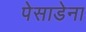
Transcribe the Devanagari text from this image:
पेसाडेना